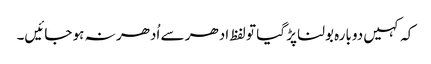
کہ کہیں دوبارہ بولنا پڑ گیا تو لفظ ادھر سے اُدھر نہ ہو جائیں۔